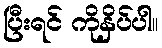
ပြီးရင် ကိုနှိပ်ပါ။